Annual statistical returns and brief notes on vaccination in Bengal - 1887-1898
Year: 1887
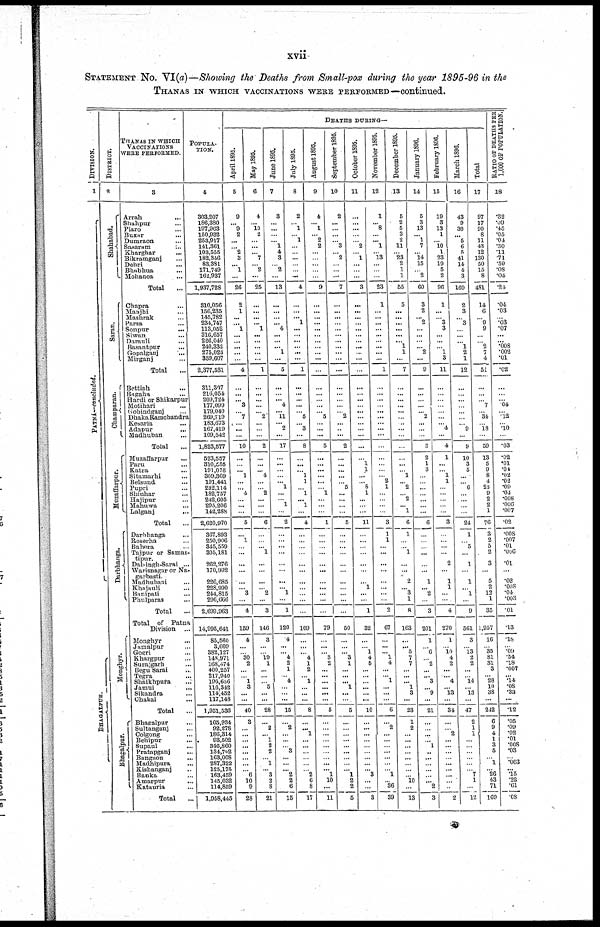
xvii
STATEMENT No. VI(a)—Showing the Deaths from Small-pox during the year 1895-96 in the
THANAS IN WHICH VACCINATIONS WERE PERFORMED—continued.
DIVISION.
1
PATNA-concluded.
BHAGALPUR.
DISTRICT.
2
Sha ha ba d.
Saran.
Champaran.
Muzaffarpur.
Darbhanga.
Monghyr.
Bhagalpur.
THANAS IN WHICH
VACCINATIONS
WERE PERFORMED.
3
Arrah...
Shahpur...
Piaro...
Buxur...
Dumraon...
Sasaram...
Kharghar...
Bikramganj...
Dehri...
Bhubhua...
Mohanea...
Total...
Chapra...
Manjhi...
Mashrak...
Parsa...
Sonpur...
Siwan...
Darauli...
Basantpur...
Gopalganj...
Mirganj...
Total...
Bettiah...
Bugaha...
Hardi or Shikarpur...
Motihari... Gobindganj...
DhakaRamchandra...
Kesaria...
Adapur...
Madhuban...
Total...
Muzaffarpur...
Paru...
Katra...
Sitamarhi...
Belsund...
Pupri...
Shiuhar...
Hajipur...
Mahuwa...
Lalganj...
Total...
Darbhanga...
Roserha... Bahera...
Tajpur or Samas-
tipur.
Dalsingh-Sarai...
Warisnagar or Na-
garbasti.
Madhubani...
Khajauli...
Banipati...
Phulparas...
Total...
Total of Patna
Division...
Monghyr...
Jamalpur...
Gogri...
Khargpur...
Surajgarh...
Begu Sarai...
Tegra...
Shaikhpura...
Jamui...
Sikandra...
Chakai...
Total...
Bhagalpur...
Sultanganj...
Colgong...
Behipur...
Supaul...
Pratapganj...
Sanction...
Madhipura...
Kishanganj...
Banka...
Amarpur...
Katauria...
Total...
POPULA-
TION.
4
303,207
186,380
197,963
150,932
253,917
141,361
103,555
182,346
83,381
171,749
162,937
1,937,728
310,056
156,235
145,782
234,747
113,052
316,657
226,040
240,332
275,023
359,607
2,377,531
311,307
216,054
209,724
177,099
179,040
269,719
183,673
167,419
109,542
1,823,577
523,557
310,555
191,078
309,369
191,441
232,114
182,757
242,605
295,206
142,288
2,620,970
3 67,893
250,906
345,559
305,181
262,276
170,992
226,685
228,990
244,815
296,666
2,699,963
14,995,641
85,560
3,609
382,127
148,971
168,474
400,257
217,940
196,656
116,342
114,452
117,148
1,951,536
105,934
92,278
186,314
93,502
346,860
134,702
163,008
287,322
125,175
163,459
145,032
114,859
1,958,445
DEATHS DURING—
April 1895.
5
9
... 9
2
...
...
2
3
... 1
...
26
2
1
...
... 1
...
... ...
...
...
4
...
...
... 3
... 7
... ...
...
10
...
... ... 1
...
... 4
...
...
...
5
...
1
...
...
...
...
...
... 3
...
4
159
4
...
... 30
2
...
... 1
3
...
...
40
3
... ...
... ...
...
...
...
... 6
10
9
28
May 1895.
6
4
... 10
2
...
...
... 7
... 2
...
25
...
...
...
... 1
...
...
...
...
...
1
...
...
...
... ... 2
...
...
...
2
...
...
... 4
...
... 2
...
...
...
6
...
... ... 1
... ...
...
... 2
...
3
146
3
...
... 19
1
...
...
... 5
...
...
28
...
2
... 1
2
2
... 1
... 3
2
8
21
June 1895.
7
3
...
...
...
... 1
4
3
... 2
...
13
...
...
...
... 4
...
... ... 1
...
5
...
...
... 4
... 11
... 2
...
17
...
...
...
...
... 1
...
... 1
...
2
...
... ...
...
...
...
...
... 1
...
1
120
4
...
... 4
2
1
... 4
...
...
...
15
...
2
...
...
... 3
...
...
... 2
2
6
15
July 1895.
8
2
...
1
...
1
...
...
...
...
...
...
4
...
...
... 1
...
...
...
...
...
...
1
...
...
...
...
... 5
... 3
...
8
...
...
... 1
1
... 1
... 1
...
4
...
...
...
...
...
...
...
...
...
...
...
109
...
...
... 4
1
2
... 1
... ...
...
8
...
... 1
...
...
...
...
...
... 2
6
8
17
August 1895.
9
4
...
1
...
2
2
...
...
...
...
...
9
...
...
...
...
...
...
...
...
... ...
...
...
... ...
...
... 5
...
...
...
5
...
...
...
...
...
... 1
...
...
...
1
...
...
... ...
...
...
...
...
...
...
...
79
...
...
... 3
2
...
...
...
...
...
...
5
...
... ...
... ...
...
... ...
... 1
10
...
11
September 1895.
10
2
...
...
...
...
3
... 2
... ...
...
7
...
...
...
... ...
... ...
...
...
...
...
...
...
...
... ... 2
...
...
...
2
...
...
...
...
... 5
...
...
...
...
5
...
... ...
...
...
...
...
...
...
...
...
50
...
...
... 3
1
...
...
... 1
...
...
5
...
...
...
...
...
...
...
...
... 1
2
2
5
October 1895.
11
...
...
...
...
...
2
... 1
... ...
...
3
...
...
...
... ...
...
... ...
...
...
...
...
...
...
... ...
...
...
...
...
...
...
1
1
...
... 8
1
...
... ...
11
...
...
...
...
... ...
... 1
...
...
1
32
...
... 1
4
5
...
... ...
...
...
...
10
...
...
...
...
...
...
... ...
... 3
...
...
3
November 1895.
12
1
... 8
...
... 1
...
13
...
...
...
23
1
...
...
...
...
...
... ...
...
...
1
...
...
...
... ...
...
...
...
...
...
...
...
...
... 2
1
...
...
...
...
3
1
1
...
...
...
...
...
...
...
...
2
67
...
...
... 1
4
...
... 1
...
...
...
6
...
2
...
...
...
...
...
...
... 1
... 36
39
December 1895.
13
5
2
5
3
2
11
... 23
2 1
1
55
5
...
...
...
...
...
... 1
1
...
7
...
...
...
...
...
...
...
...
...
...
...
...
... 1
... 2
... 2
... 1
6
1
... ... 1
...
...
2
... 3
1
8
163
...
... 5
7
7
...
...
... 1
3
...
23
1
2
...
...
...
...
...
...
...
... 10
...
13
January 1896.
14
5
3
13
... 1
7
... 14
15
... 2
60
3
2
... 2
...
...
... ... 2
...
9
...
...
...
... ... 2
...
...
...
2
2
1
3
...
...
...
... ...
... ...
6
...
... ...
...
...
...
1
... 2
...
3
201
1
... 6
... 2
...
... 3
... 9
...
21
...
... ...
... 1
...
...
...
...
...
... 2
3
February 1896.
15
19
3
13
1
...
10
1
23
19 5
2
96
1
...
... 3
3
...
...
... 1
3
11
...
...
...
... ...
...
... 4
...
4
1
...
... 1
1
...
...
...
...
...
3
...
... ...
...
2
...
1
1
...
...
4
270
1
... 10 4
2
...
... 4
... 13
...
34
...
... 2
...
...
...
... ...
...
...
...
...
2
March 1896.
16
43
9
30
... 5
6
5
41
14
4
3
160
2
3
... 3
...
...
... 1
2
1
12
...
...
...
... ...
...
... 9
...
9
10
3
5
...
... 6
...
...
...
...
24
1
... 5
...
1
...
1
... 1
...
9
501
3
... 13
2
2
...
... 14
... 13
...
47
2
1
1
...
...
...
...
...
... 7
1
...
12
Total
17
97
17
90
8
11
43
12
130
50
15
8
481
14
6
... 9
9
...
... 2
7
4
51
...
...
... 7
... 34
... 18
...
59
13
5
9
8
4
23
9
2
2
1
76
3
2
5
2
3
...
5
2
12
1
35
1,957
16
... 35
81
31
3
... 28
10
38
...
242
6
9
4
1
3
5
... 1
... 26
43
71
160
RATIO OF DEATHS PER
1,000 OF POPULATION.
18
.32
.09
.45
.05
.04
.30
.11
.71
.50
.08
.04
.24
.04
.03
... .03
.07
...
... .008
.002
.01
.02
...
...
... .04
... .12
... .10
...
.03
.02
.01
.40 .02
.02
.09
.04
.008
.006 .007
.02
.008
.007
.01
.006
.01
...
.02
.008
.04
.003
.01
.13
.18
... .09 .54
.18
.007
... .14
.08
.33
...
.12
.05
.09
.02
.01
.008
.03
... .003
... .15
.22
.61
.08